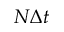
N \Delta t